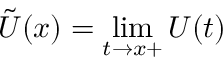
{ \tilde { U } } ( x ) = \operatorname* { l i m } _ { t \to x + } U ( t )